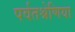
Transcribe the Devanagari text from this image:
पर्वतश्रेणिया